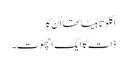
اکلوتا بیٹا تھا اُن کا
ذات کا ایک اچھوت۔